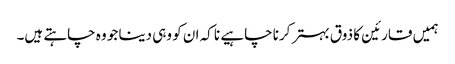
ہمیں قارئین کا ذوق بہتر کرنا چاہیے نا کہ ان کو وہی دینا جو وہ چاہتے ہیں۔